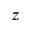
z